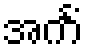
အင်္ကံ